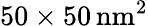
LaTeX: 50\times 50\, \mathrm{nm}^{2}